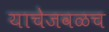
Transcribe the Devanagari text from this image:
याचेजवळच